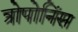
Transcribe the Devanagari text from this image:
त्रोपोनिंस